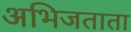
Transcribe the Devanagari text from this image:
अभिजताता